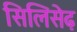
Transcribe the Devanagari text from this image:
सिलिसेढ़